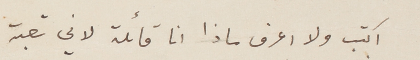
اكتب ولا اعرف ماذا انا قائلة لاني تعبة